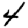
Digit: 4